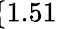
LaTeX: \! \! \! \! \! \! \! \! \! \! \! \overline{{\epsilon}}_{r}\! \! =\! \! \{ 1.51\} \! \! \!